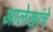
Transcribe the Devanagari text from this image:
आलेखांचे